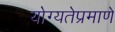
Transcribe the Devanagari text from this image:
योग्यतेप्रमाणे